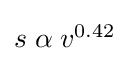
\textstyle s\;\alpha \;v^{0.42}